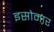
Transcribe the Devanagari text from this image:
इसोमार